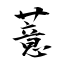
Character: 薏